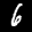
Label: 6